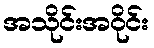
အသိုင်းအဝိုင်း